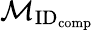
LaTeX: \mathcal{M}_{\textrm{ID}_{\textrm{comp}}}